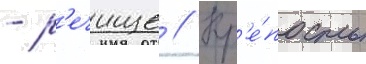
- р'ечище // Кр'е́пость